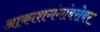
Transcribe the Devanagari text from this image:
आकाशगंगांबरोबर